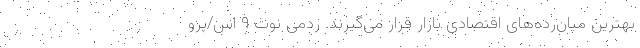
بهترین میان‌رده‌های اقتصادی بازار قرار می‌گیرند. ردمی نوت ۹ اس/پرو